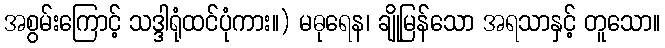
အစွမ်းကြောင့် သဒ္ဒါရုံထင်ပုံကား။) မဓုရေန၊ ချိုမြန်သော အရသာနှင့် တူသော။